Civil Veterinary Dept. Bombay admin report 1932-41 - 1932-1941
Year: 1932
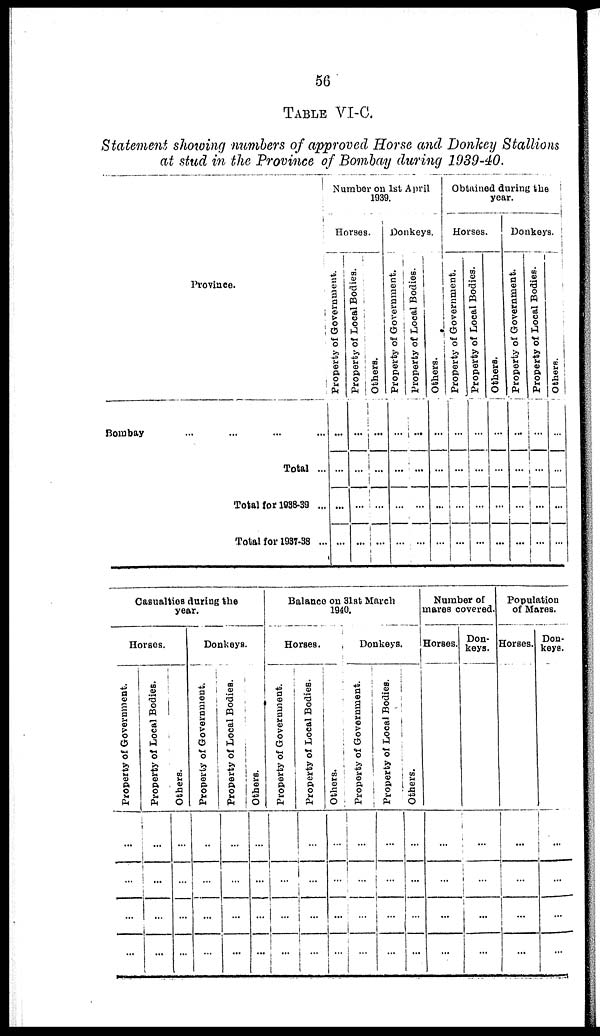
56
TABLE VI-C.
Statement showing numbers of approved Horse and Donkey Stallions
at stud in the Province of Bombay during 1939-40.
Province.
Bombay ... ... ... ...
Total ...
Total for 1938-39 ...
Total for 1937-38 ...
Number on 1st April
1939.
Horses.
Property of Government.
...
...
...
...
Property of Local Bodies.
...
...
...
...
Others.
...
...
...
...
Donkeys.
Property of Government.
...
...
...
...
Property of Local Bodies.
...
...
...
...
Others.
...
...
...
...
Obtained during the
year.
Horses
Property of Government.
...
...
...
...
Property of Local Bodies.
...
...
...
...
Others.
...
...
...
...
Donkeys.
Property of Government.
...
...
...
...
Property of Local Bodies.
...
...
...
...
Others.
...
...
...
...
Casualties during the
year.
Horses.
Property of Government.
...
...
...
...
Property of Local Bodies.
...
...
...
...
Others.
...
...
...
...
Donkeys.
Property of Government.
..
...
...
...
Property of Local Bodies.
...
...
...
...
Others.
...
...
...
...
Balance on 31st March
1940.
Horses.
Property of Government.
...
...
...
...
Property of Local Bodies.
...
...
...
...
Others.
...
...
...
...
Donkeys.
Property of Government.
...
...
...
...
Property of Local Bodies.
...
...
...
...
Others.
...
...
...
...
Number of
mares covered.
Horses.
...
...
...
...
Don-
keys.
...
...
...
...
Population
of Mares.
Horses.
...
...
...
...
Don-
keys.
...
...
...
...